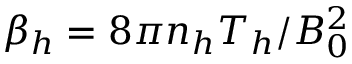
\beta _ { h } = 8 \pi n _ { h } T _ { h } / B _ { 0 } ^ { 2 }